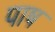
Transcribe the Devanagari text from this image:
पाष